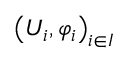
\left( U _ { i } , \varphi _ { i } \right) _ { i \in I }